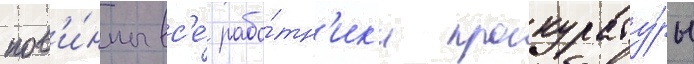
пов'и́нны вс'е́ рабо́тн'ик'и прокурату́ры